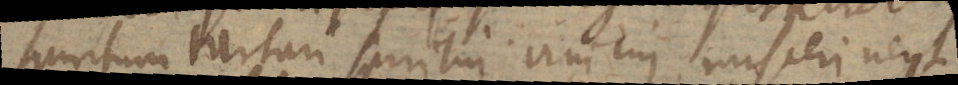
spiritum tartari spiritui vini cui misceri nequit